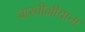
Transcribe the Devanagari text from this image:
बास्वील्लीयाना